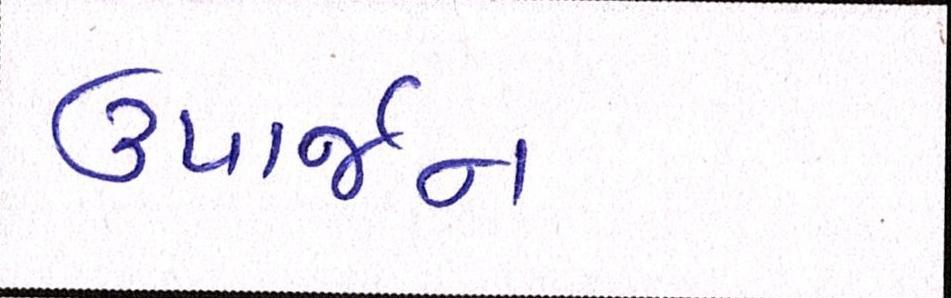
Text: ઉપાર્જન